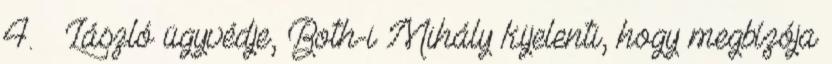
4. – László ügyvédje, Both-i Mihály kijelenti, hogy megbízója